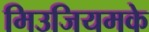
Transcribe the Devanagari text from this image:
मिउजियमके